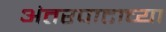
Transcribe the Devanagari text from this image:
अंतरपाटाच्या